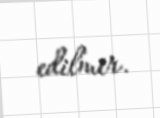
edilmir.